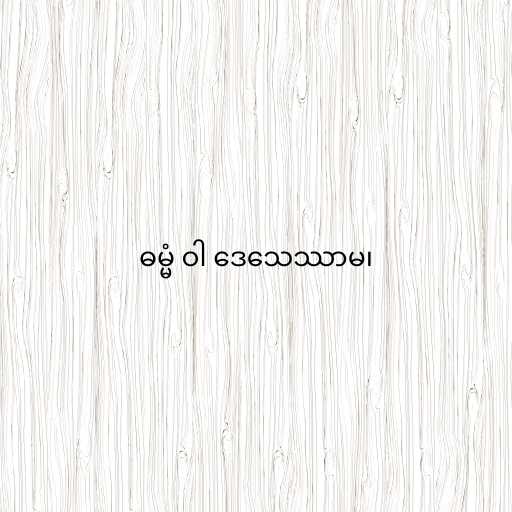
ဓမ္မံ ဝါ ဒေသေဿာမ၊